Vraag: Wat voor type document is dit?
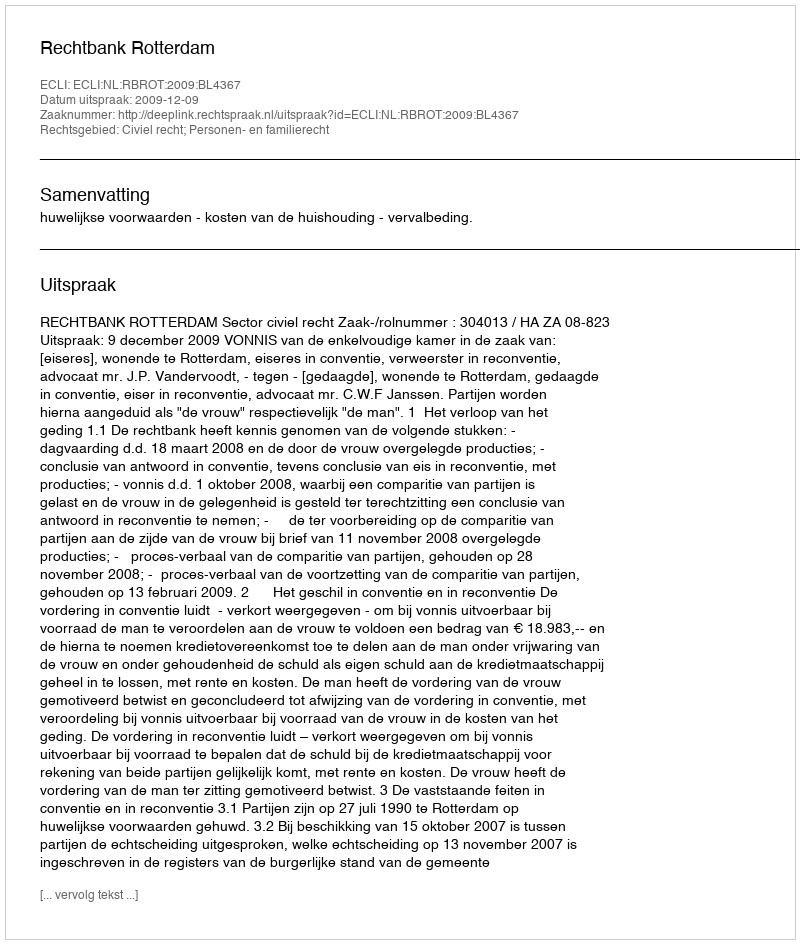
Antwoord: Uitspraak